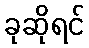
ခုဆိုရင်